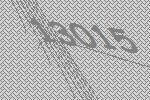
13015